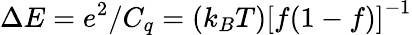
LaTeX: \Delta E=e^{2}/C_{q}=\left(k_{B}T\right)\left[f(1-f)\right]^{-1}